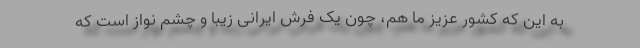
به این که کشور عزیز ما هم، چون یک فرش ایرانی زیبا و چشم نواز است که